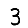
Digit: 3